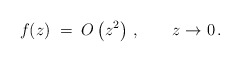
\begin{align*}f (z) \; = \; O \left( z^2 \right) \, , \qquad z \to 0 \, .\end{align*}